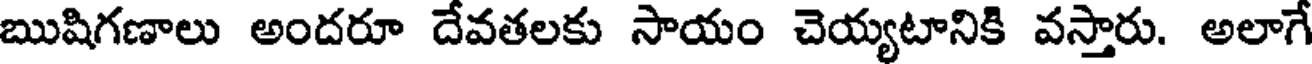
ఋషిగణాలు అందరూ దేవతలకు సాయం చెయ్యటానికి వస్తారు. అలాగే